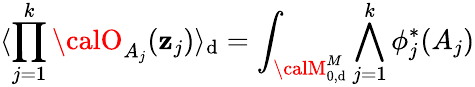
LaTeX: \langle\prod_{j=1}^{k}{\calO}_{A_{j}}(\mathbf{z}_{j})\rangle_{\mathrm{d}}=\int_{{\calM}_{0,\mathrm{d}}^{M}}\bigwedge_{j=1}^{k}\phi_{j}^{*}(A_{j})